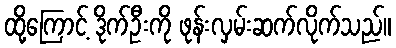
ထို့ကြောင့် ဒိုက်ဦးကို ဖုန်းလှမ်းဆက်လိုက်သည်။